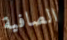
الصافية